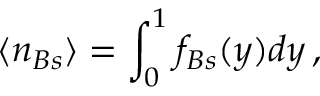
\langle n _ { B s } \rangle = \int _ { 0 } ^ { 1 } f _ { B s } ( y ) d y \, ,